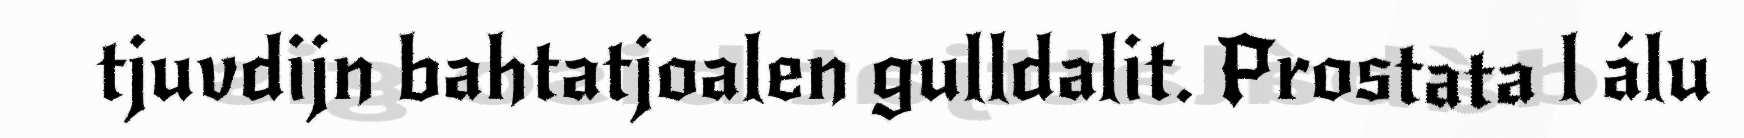
tjuvdijn bahtatjoalen gulldalit. Prostata l álu